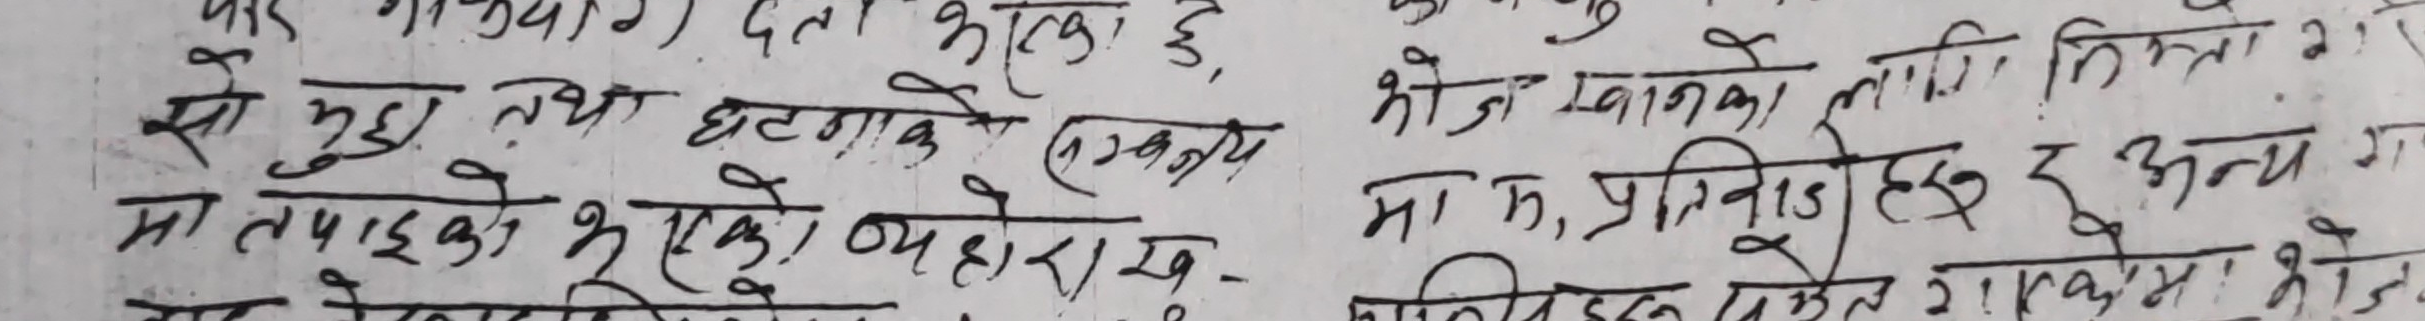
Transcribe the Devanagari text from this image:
सो मुद्धा तथा घटनाके (एकजन्य) खोज्नका लागि निम्ता
मा तपाइको भएको ब्यहोरा ख
मा, प्रतिनिधि हरु र अन्य गोष्टीमा